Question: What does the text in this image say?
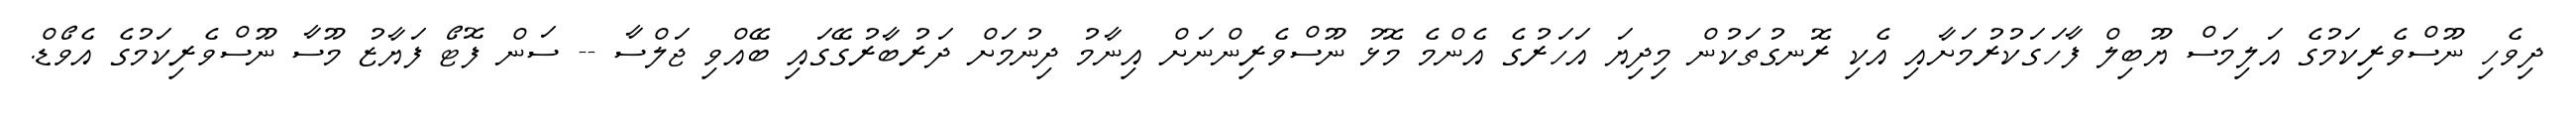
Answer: ދިވެހި ނޫސްވެރިކަމުގެ އަލިމަސް ޔޫބިލް ފާހަގަކުރުމަށާއި އެކި ރޮނގުތަކުން މިދިޔަ އަހަރުގެ އެންމެ މޮޅު ނޫސްވެރިންނަށް އިނާމު ދިނުމަށް ދަރުބާރުގޭގައި ބޭއްވި ޖަލްސާ -- ސަން ފޮޓޯ ފަޔާޒު މޫސާ ނޫސްވެރިކަމުގެ އެވޯޑް.